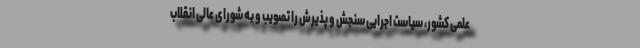
علمی کشور، سیاست اجرایی سنجش و پذیرش را تصویب و به شورای عالی انقلاب